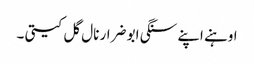
اوہنے اپنے سنگی ابو ضرار نال گل کیتی ۔